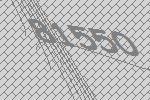
81550